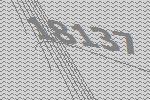
18137